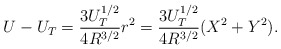
\begin{align*}U-U_T=\frac{3U_T^{1/2}}{4R^{3/2}}r^2=\frac{3U_T^{1/2}}{4R^{3/2}}(X^2+Y^2).\end{align*}